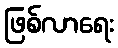
ဖြစ်လာရေး